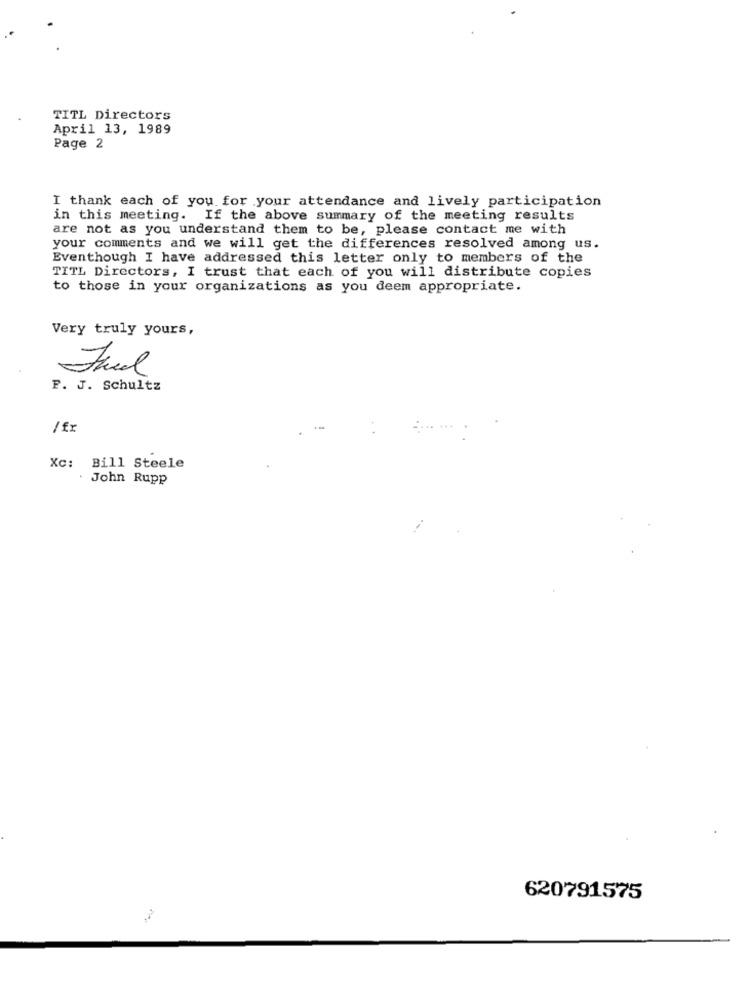
TITL Directors
April 13, 1989
Page 2
I thank each of you for your attendance and lively participation
in this meeting. If the above summary of the meeting results
are not as you understand them to be, please contact me with
your comments and we will get the differences resolved among us.
Eventhough I have addressed this letter only to members of the
TITL Directors, I trust that each of you will distribute copies
to those in your organizations as you deem appropriate.
Very truly yours,
F. J. Schultz
/ fr
Xc: Bill Steele
John Rupp
620791575